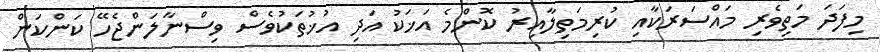
މިފަދަ މަތިވެރި މައްސަރަކާއި ކުރިމަތިލާއިރު ކޮންމެ އަޚަކު އަދި އުޚުތަކުވެސް ވިސްނާލަންޖެހޭ ކަންކަން